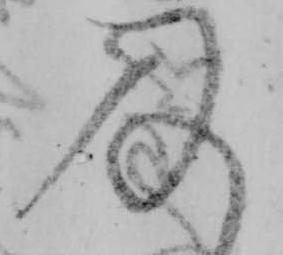
及